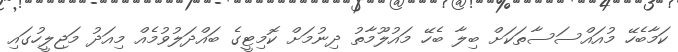
ކަމާބެހޭ މުއައްސަސާތަކަށް ބިލާ ބެހޭ މައުލޫމާތު ދިނުމަށް ކޮމިޓީގެ ބައްދަލުވުމެއް މިއަދު މަޖިލީހުގައި